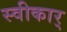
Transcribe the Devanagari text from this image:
स्वीकार्